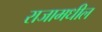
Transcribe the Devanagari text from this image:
राजामधील